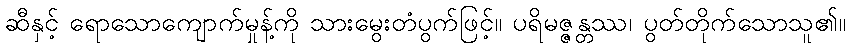
ဆီနှင့် ရောသောကျောက်မှုန့်ကို သားမွေးတံပွက်ဖြင့်။ ပရိမဇ္ဇန္တဿ၊ ပွတ်တိုက်သောသူ၏။